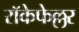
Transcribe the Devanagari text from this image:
रॉकेफेल्लर